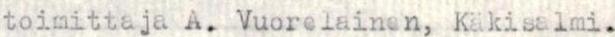
toimittaja A. Vuorelainen, Käkisalmi.